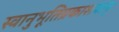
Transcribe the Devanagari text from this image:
स्वानुभूतिप्रकाशवान्